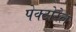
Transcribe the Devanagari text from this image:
पेक्टोरेल